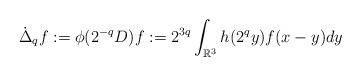
LaTeX: \begin{align*}\dot{\Delta}_qf:= \phi(2^{-q}D)f:=2^{3q} \int_{\mathbb{R}^3} h(2^{q}y)f(x-y)dy\end{align*}